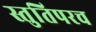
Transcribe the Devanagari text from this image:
स्तुतिपरच